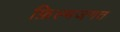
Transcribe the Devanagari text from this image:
फ़िल्मजगत